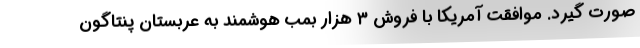
صورت گیرد. موافقت آمریکا با فروش ۳ هزار بمب هوشمند به عربستان پنتاگون